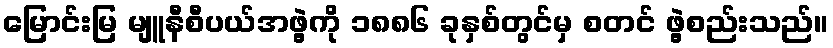
မြောင်းမြ မျူနီစီပယ်အဖွဲ့ကို ၁၈၈၆ ခုနှစ်တွင်မှ စတင် ဖွဲ့စည်းသည်။